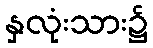
နှလုံးသား၌